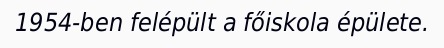
1954-ben felépült a főiskola épülete.